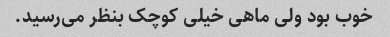
خوب بود ولی ماهی خیلی کوچک بنظر می‌رسید.